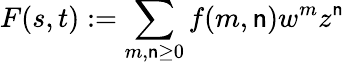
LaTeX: F(s,t):=\sum_{m,\mathsf{n}\geq0}f(m,\mathsf{n})w^{m}z^{\mathsf{n}}